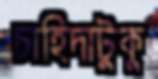
চাহিদাটুকু